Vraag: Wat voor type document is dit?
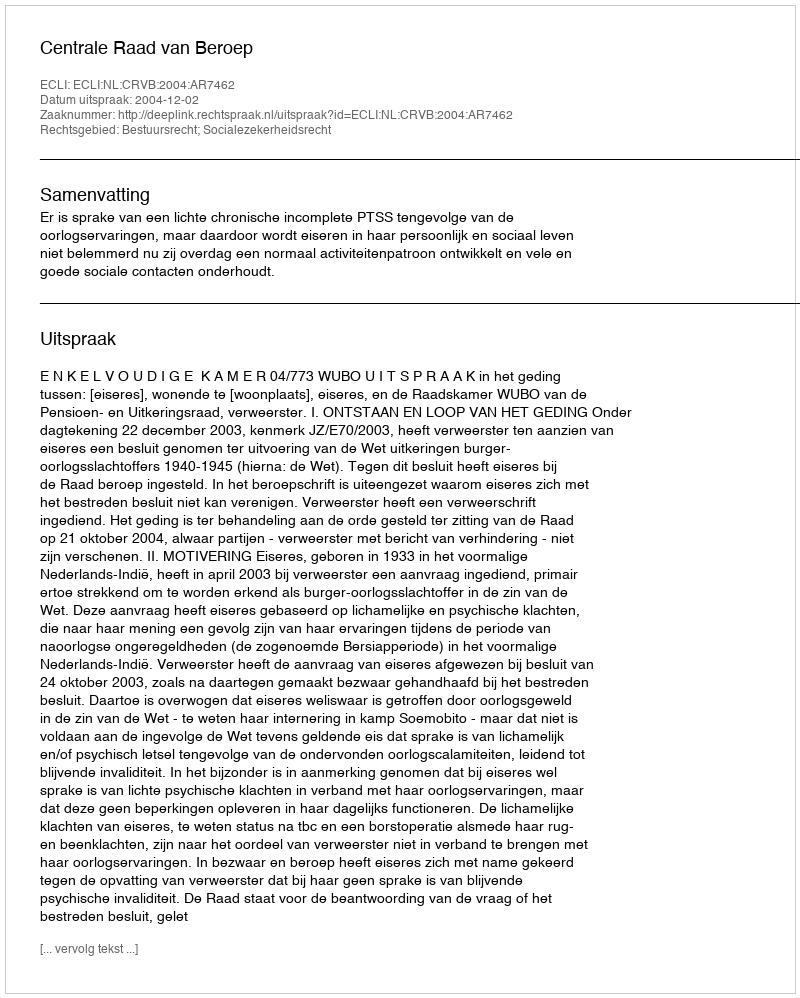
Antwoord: Uitspraak